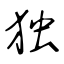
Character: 独